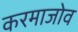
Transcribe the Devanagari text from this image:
करमाजोव